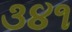
૩૪૧